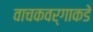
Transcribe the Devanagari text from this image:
वाचकवर्गाकडे